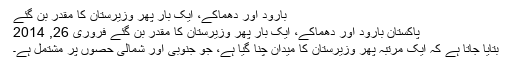
بارود اور دھماکے، ایک بار پھر وزیرستان کا مقدر بن گئے
پاکستان بارود اور دھماکے، ایک بار پھر وزیرستان کا مقدر بن گئے فروری 26, 2014
بتایا جاتا ہے کہ ایک مرتبہ پھر وزیرستان کا میدان چنا گیا ہے، جو جنوبی اور شمالی حصوں پر مشتمل ہے۔